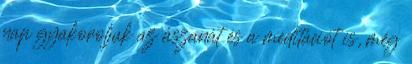
nap gyakoroljuk az ászanát és a meditációt is, még